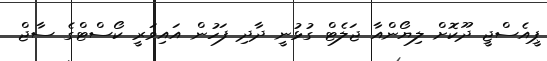
ޕީއެސްޖީ ދޫކޮށް ލިޔޯންއާ ޖަލެޓް ގުޅުނީ ދާދި ފަހުން އައިވަރީ ކޯސްޓްގެ ސާޖް